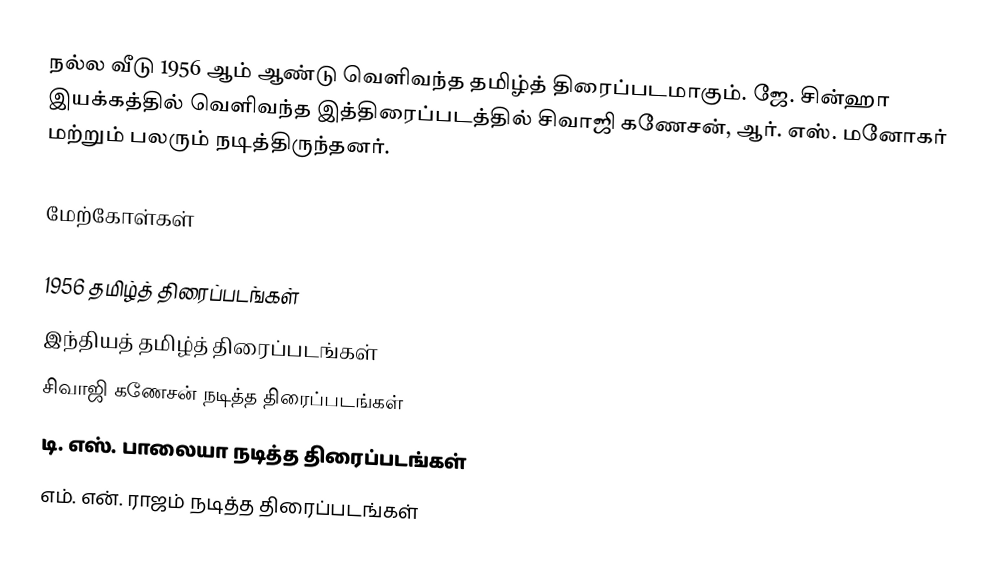
நல்ல வீடு 1956 ஆம் ஆண்டு வெளிவந்த தமிழ்த் திரைப்படமாகும். ஜே. சின்ஹா இயக்கத்தில் வெளிவந்த இத்திரைப்படத்தில் சிவாஜி கணேசன், ஆர். எஸ். மனோகர் மற்றும் பலரும் நடித்திருந்தனர்.

மேற்கோள்கள்

1956 தமிழ்த் திரைப்படங்கள்
இந்தியத் தமிழ்த் திரைப்படங்கள்
சிவாஜி கணேசன் நடித்த திரைப்படங்கள்
டி. எஸ். பாலையா நடித்த திரைப்படங்கள்
எம். என். ராஜம் நடித்த திரைப்படங்கள்